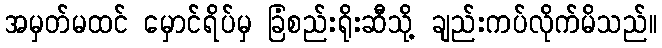
အမှတ်မထင် မှောင်ရိပ်မှ ခြံစည်းရိုးဆီသို့ ချည်းကပ်လိုက်မိသည်။